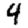
Digit: 4